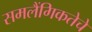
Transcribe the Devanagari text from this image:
समलैंगिकतेचे